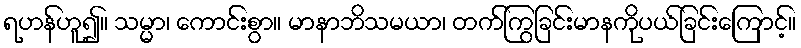
ရဟန်ဟူ၍။ သမ္မာ၊ ကောင်းစွာ။ မာနာဘိသမယာ၊ တက်ကြွခြင်းမာနကိုပယ်ခြင်းကြောင့်။